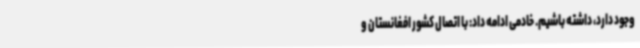
وجود دارد، داشته باشیم. خادمی ادامه داد: با اتصال کشور افغانستان و